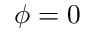
\phi = 0